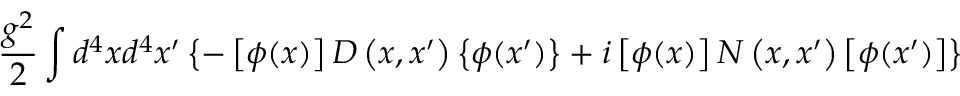
\frac { g ^ { 2 } } 2 \int d ^ { 4 } x d ^ { 4 } x ^ { \prime } \left\{ - \left[ \phi ( x ) \right] D \left( x , x ^ { \prime } \right) \left\{ \phi ( x ^ { \prime } ) \right\} + i \left[ \phi ( x ) \right] N \left( x , x ^ { \prime } \right) \left[ \phi ( x ^ { \prime } ) \right] \right\}